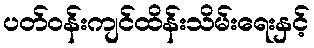
ပတ်ဝန်းကျင်ထိန်းသိမ်းရေးနှင့်